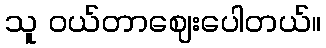
သူ ဝယ်တာဈေးပေါတယ်။